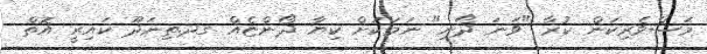
މަސްވެރިކަން ކުރާ "ވަނަ ދޯނި" ނަމަކަށް ކިޔާ ދޯންޏެއް ގދ.ތިނަދޫ ކައިރީ އޮތް